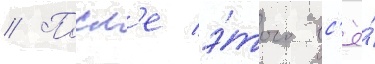
// Посл'е э́того вс'ё́